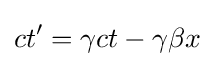
ct'=\gamma ct-\gamma \beta x